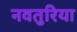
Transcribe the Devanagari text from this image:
नवतुरिया